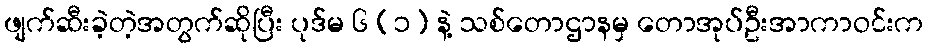
ဖျက်ဆီးခဲ့တဲ့အတွက်ဆိုပြီး ပုဒ်မ ၆ (၁) နဲ့ သစ်တောဌာနမှ တောအုပ်ဦးအာကာဝင်းက